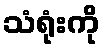
သံရုံးကို